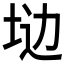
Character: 𱖩